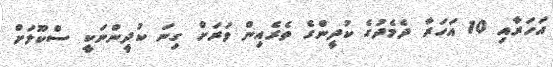
އަހަރާއި 10 އަހަރާ ދެމެދުގެ ކުދީންގެ ތެރެއިން ވަރަށް ގިނަ ކުދީންނަކީ ސްކޫލަށް